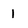
Character: 1